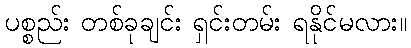
ပစ္စည်း တစ်ခုချင်း ရှင်းတမ်း ရနိုင်မလား။